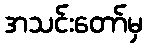
အသင်းတော်မှ